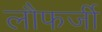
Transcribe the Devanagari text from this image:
लौफर्जी